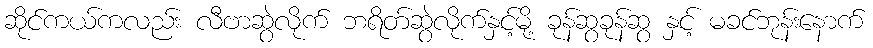
ဆိုင်ကယ်ကလည်း လီဗာဆွဲလိုက် ဘရိတ်ဆွဲလိုက်နှင့်မို့ ခုန်ဆွခုန်ဆွ နှင့် မခင်ဘုန်းနောက်